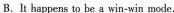
B.It happens to be a win-win mode.